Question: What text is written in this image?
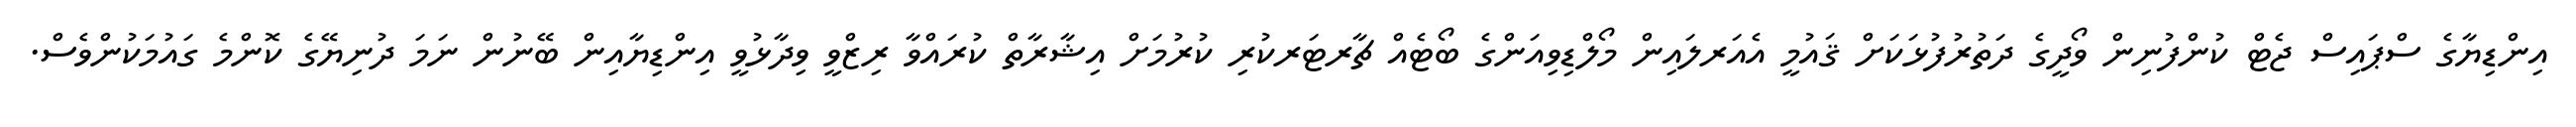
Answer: އިންޑިޔާގެ ސްޕައިސް ޖެޓް ކުންފުނިން ވޯދީގެ ދަތުރުފުޅަކަށް ޤައުމީ އެއަރލައިން މޯލްޑިވިއަންގެ ބޯޓެއް ޗާރޓަރކުރި ކުރުމަށް އިޝާރާތް ކުރައްވާ ރިޒްވީ ވިދާޅުވީ އިންޑިޔާއިން ބޭނުން ނަމަ ދުނިޔޭގެ ކޮންމެ ގައުމަކުންވެސް.